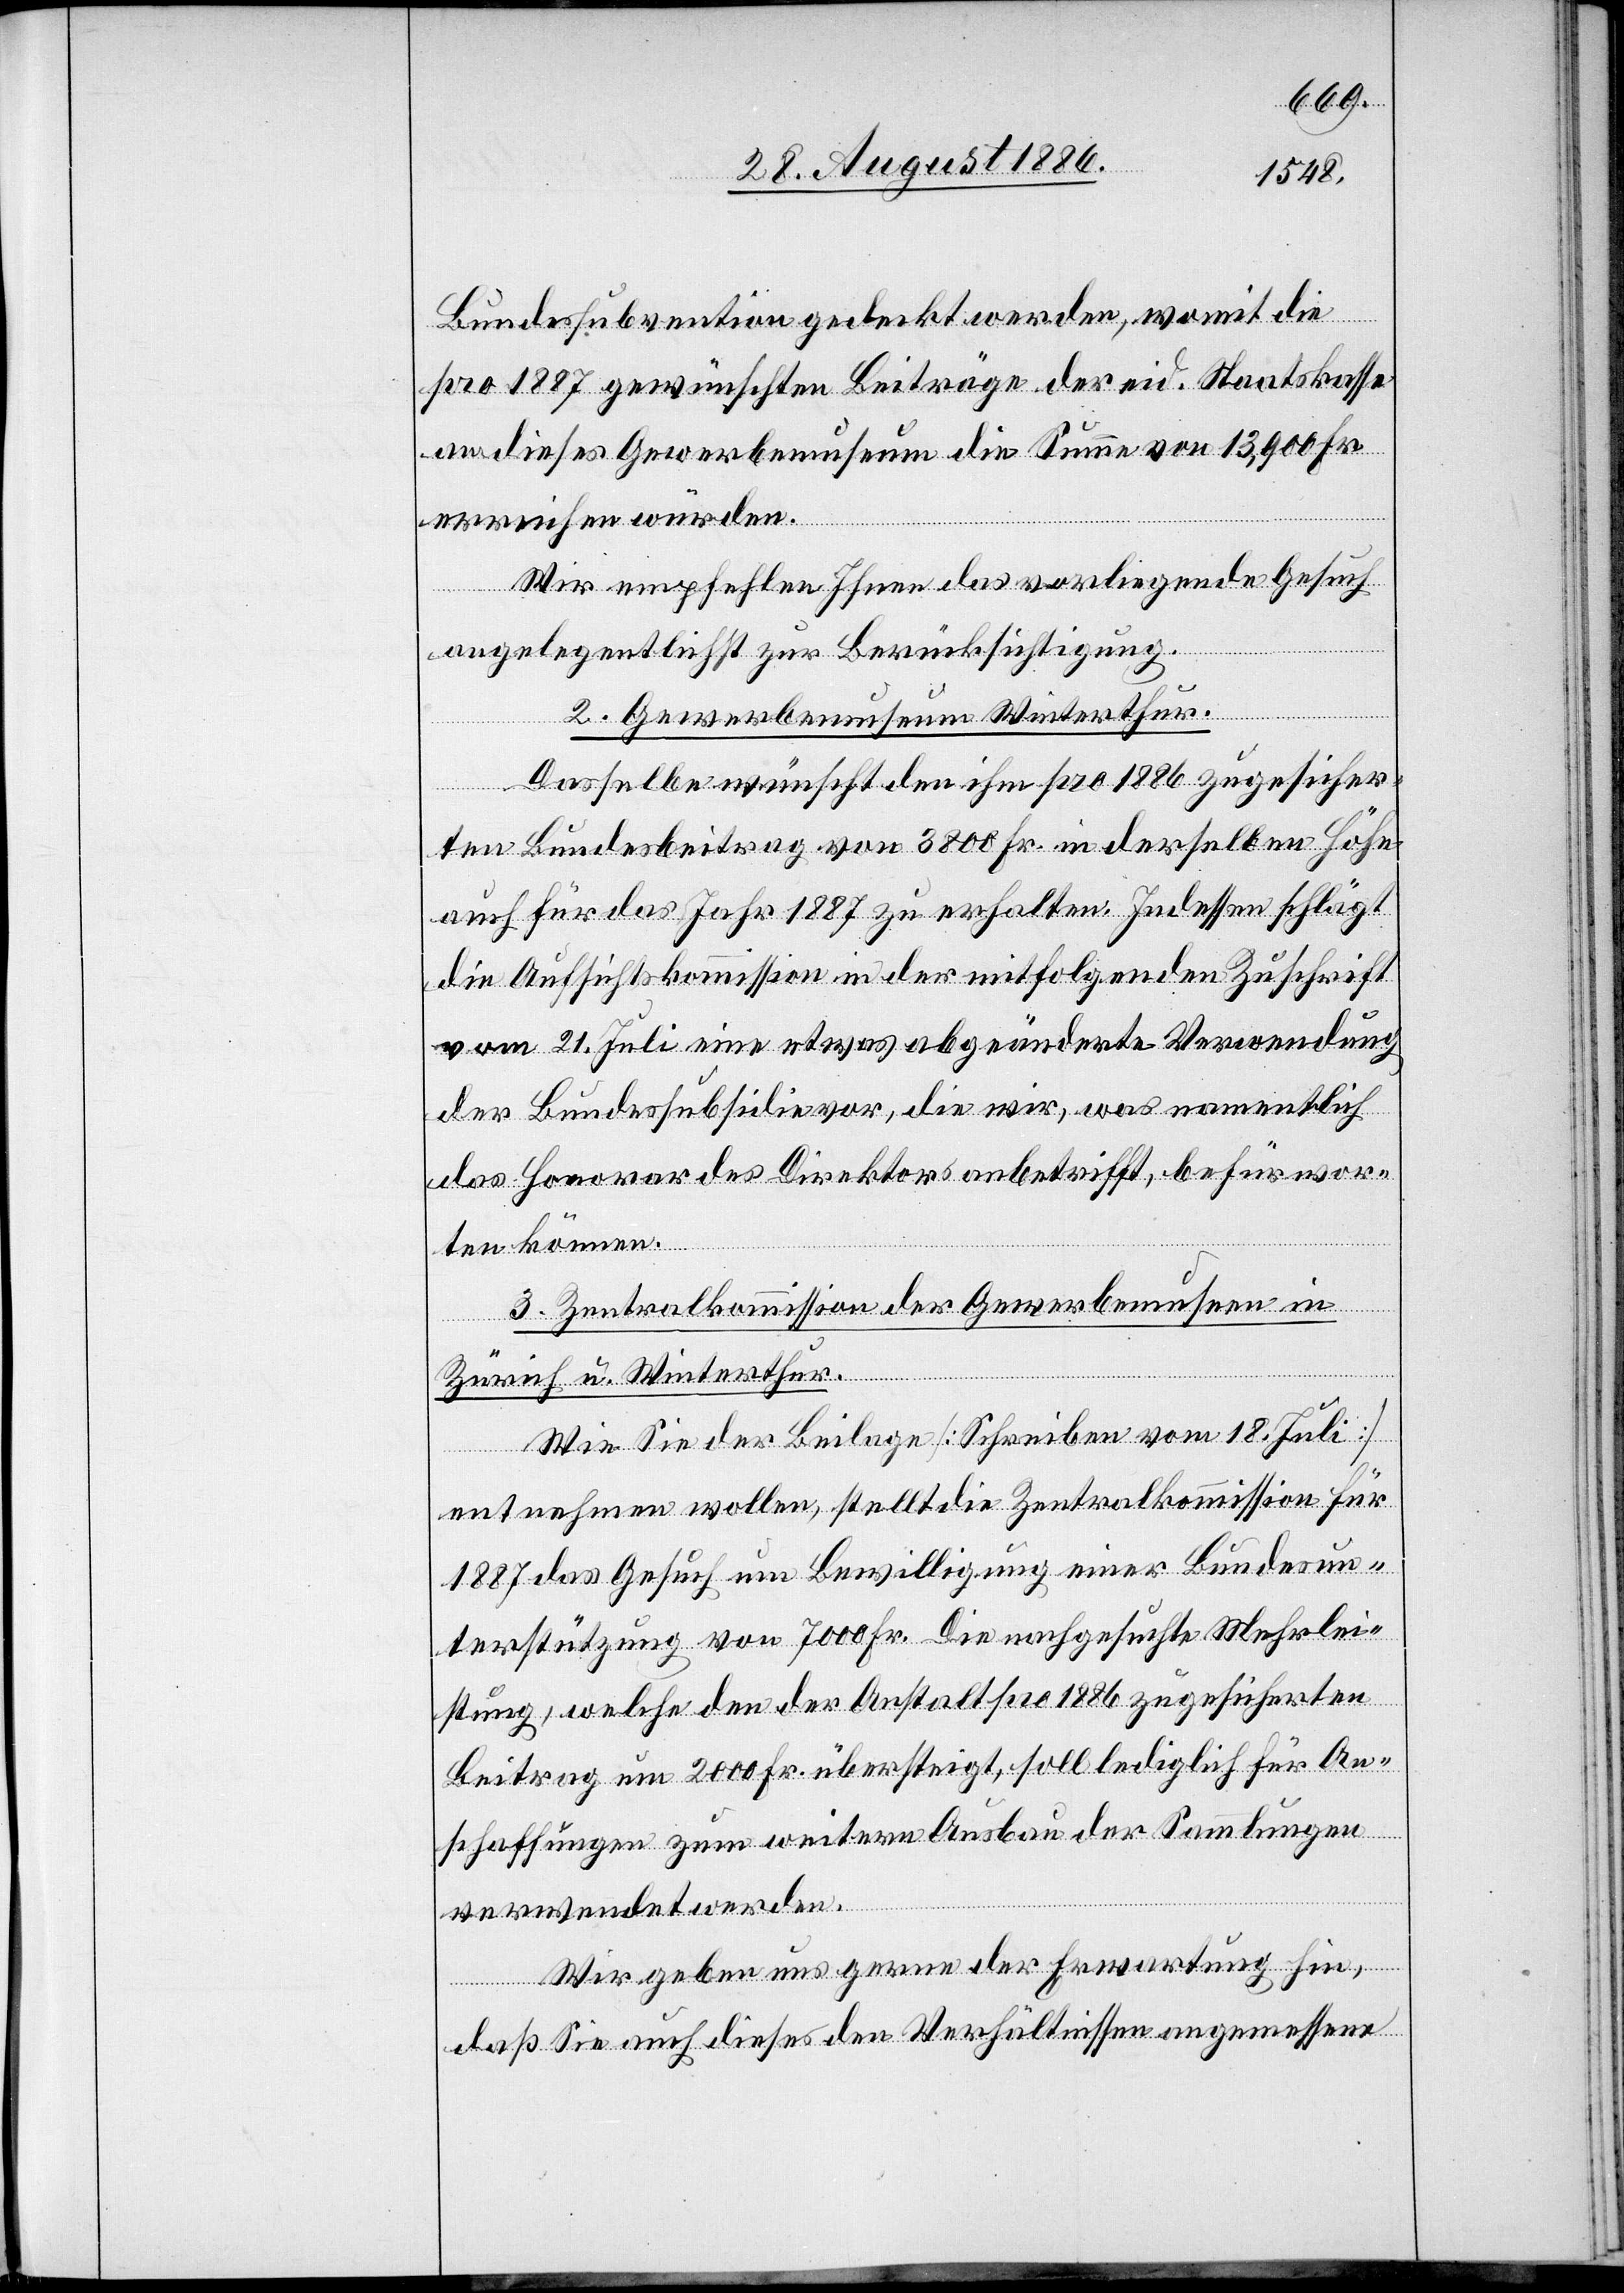
Bundessubvention gedeckt werden, womit die
pro 1887 gewünschten Beiträge der eid. Staatskasse
an dieses Gewerbemuseum die Summe von 13,900 Fr.
erreichen würden.
Wir empfehlen Ihnen das vorliegende Gesuch
angelegentlich zur Berücksichtigung.
2. Gewerbemuseum Winterthur.
Dasselbe wünscht den ihm pro 1886 zugesicher¬
ten Bundesbeitrag von 3800 Fr. in derselben Höhe
auch für das Jahr 1887 zu erhalten. Indessen schlägt
die Aufsichtskommission in der mitfolgenden Zuschrift
vom 21. Juli eine etwas abgeänderte Verwendung
der Bundessubsidie vor, die wir, was namentlich
das Honorar des Direktors anbetrifft, befürwor¬
ten können.
3. Zentralkommission der Gewerbemuseen in
Zürich u. Winterthur.
Wie Sie der Beilage [Schreiben vom 18. Juli]
entnehmen wollen, stellt die Zentralkommission für
1887 das Gesuch um Bewilligung einer Bundesun¬
terstützung von 7000 Fr. Die nachgesuchte Mehrlei¬
stung, welche den der Anstalt pro 1886 zugesicherten
Beitrag um 2000 Fr. übersteigt, soll lediglich für An¬
schaffungen zum weitern Ausbau der Sammlungen
verwendet werden.
Wir geben uns gerne der Erwartung hin,
daß Sie auch dieses den Verhältnissen angemessene